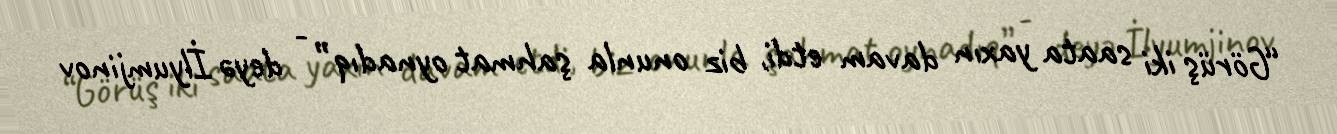
“Görüş iki saata yaxın davam etdi, biz onunla şahmat oynadıq” - deyə İlyumjinov